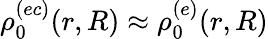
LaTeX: \rho_{0}^{(ec)}(r,R)\approx\rho_{0}^{(e)}(r,R)